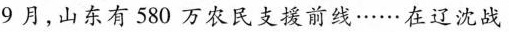
9月，山东有580万农民支援前线……在辽沈战